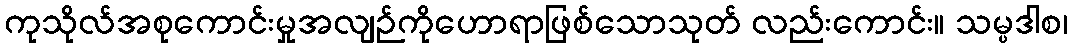
ကုသိုလ်အစုကောင်းမှုအလျဉ်ကိုဟောရာဖြစ်သောသုတ် လည်းကောင်း။ သမ္ပဒါစ၊